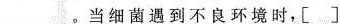
___。当细菌遇到不良环境时，[ ]